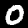
Label: 0